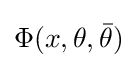
\Phi (x,\theta ,{\bar {\theta }})